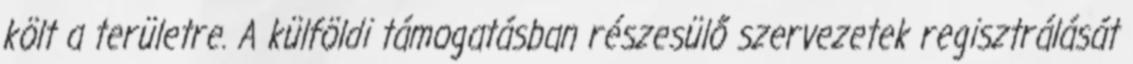
költ a területre. A külföldi támogatásban részesülő szervezetek regisztrálását